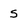
Character: S